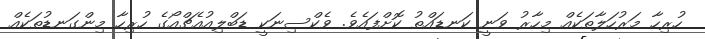
ހުރިހާ މަރުހަލާތަކެއް މިހާރު ވަނީ ކަނޑައްތު ކޮށްފައެވެ. ވެކްސިނަކީ ޑަބްލިއުއެޗްއޯގެ ހުރިހާ މިންގަނޑުތަކެއް